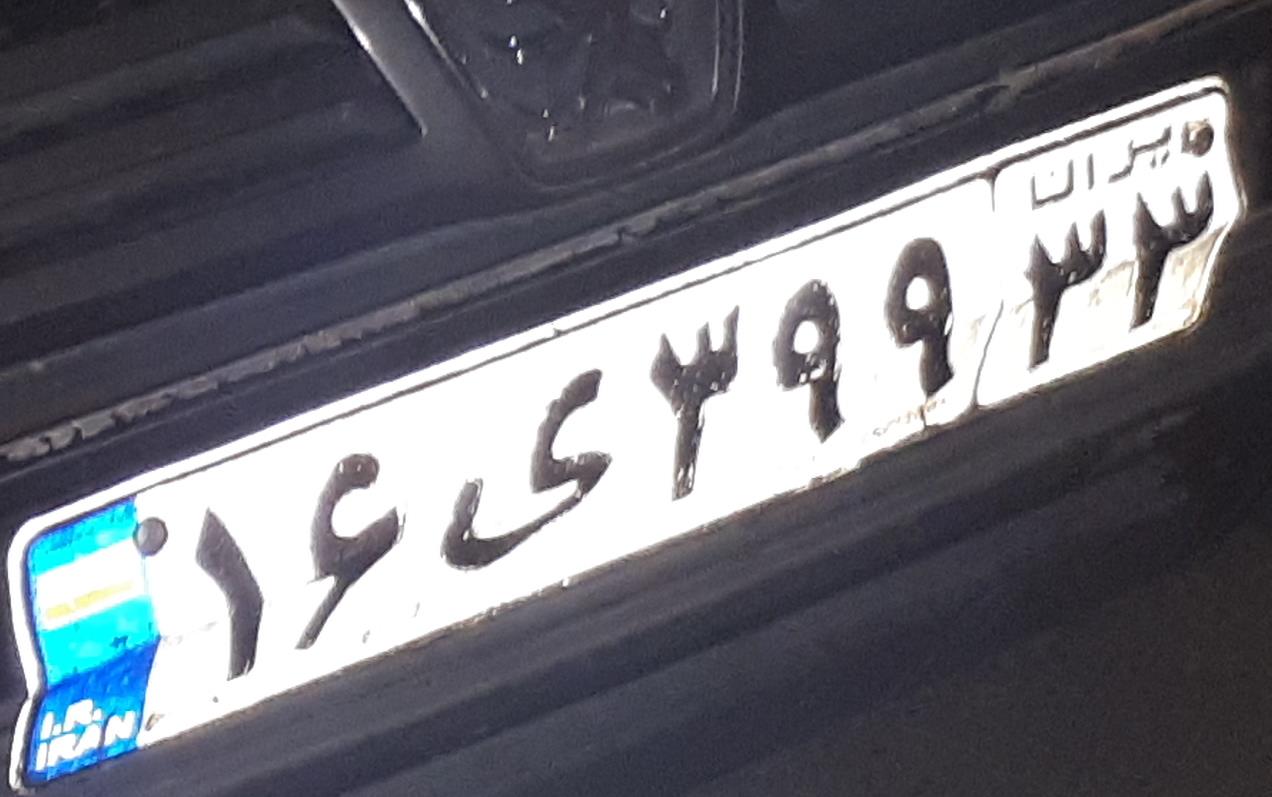
۱۶ی۳۹۹۳۳